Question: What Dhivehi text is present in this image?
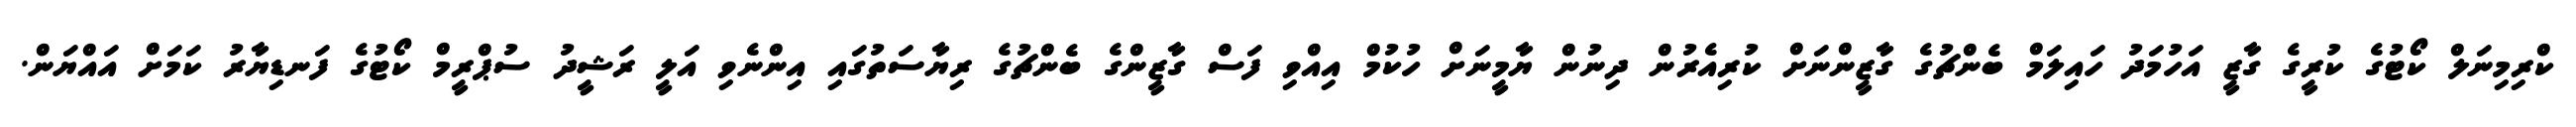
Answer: ކްރިމިނަލް ކޯޓުގެ ކުރީގެ ގާޒީ އަހުމަދު ހައިލަމް ބެންޗުގެ ގާޒީންނަށް ކުރިއެރުން ދިނުން ޔާމީނަށް ހުކުމް އިއްވި ފަސް ގާޒީންގެ ބެންޗުގެ ރިޔާސަތުގައި އިންނެވި އަލީ ރަޝީދު ސުޕްރީމް ކޯޓުގެ ފަނޑިޔާރު ކަމަށް އައްޔަން.